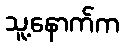
သူ့နောက်က